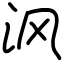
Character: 沨